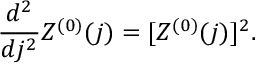
\frac { d ^ { 2 } } { d j ^ { 2 } } Z ^ { ( 0 ) } ( j ) = [ Z ^ { ( 0 ) } ( j ) ] ^ { 2 } .